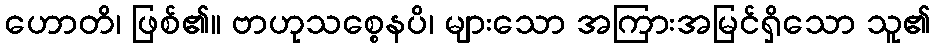
ဟောတိ၊ ဖြစ်၏။ ဗာဟုသစ္စေနပိ၊ များသော အကြားအမြင်ရှိသော သူ၏